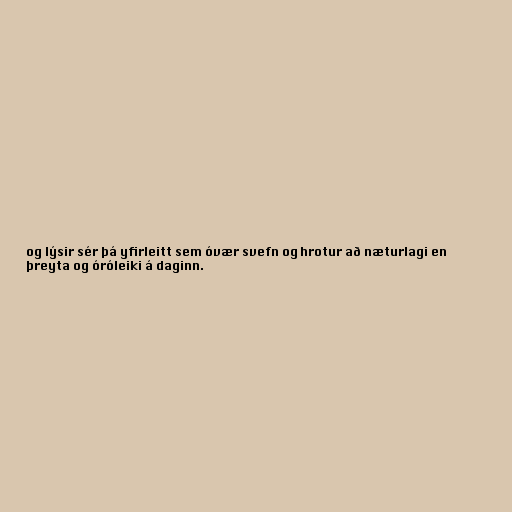
og lýsir sér þá yfirleitt sem óvær svefn og hrotur að næturlagi en
þreyta og óróleiki á daginn.